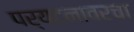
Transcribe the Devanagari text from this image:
पर्यटनावरचा